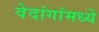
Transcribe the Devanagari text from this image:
वेदांगांमध्ये